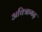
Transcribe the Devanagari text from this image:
अचित्रागढ़